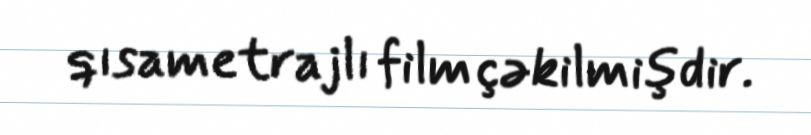
qısametrajlı film çəkilmişdir.